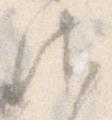
御